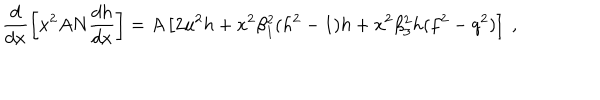
\frac d { d x } \left[ x ^ { 2 } A N \frac { d h } { d x } \right] = A \left[ 2 u ^ { 2 } h + x ^ { 2 } \beta _ { 1 } ^ { 2 } ( h ^ { 2 } - 1 ) h + { x ^ { 2 } \beta _ { 3 } ^ { 2 } } h ( f ^ { 2 } - q ^ { 2 } ) \right] \ ,